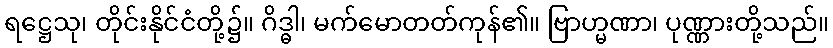
ရဋ္ဌေသု၊ တိုင်းနိုင်ငံတို့၌။ ဂိဒ္ဓါ၊ မက်မောတတ်ကုန်၏။ ဗြာဟ္မဏာ၊ ပုဏ္ဏားတို့သည်။